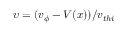
\upsilon = ( v _ { \phi } - V ( x ) ) / v _ { t h i }